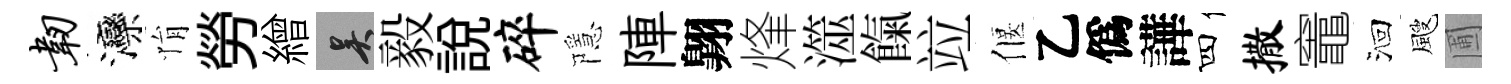
韧灤悁勞繒吴毅說碎隱陣翺烽澨餼竝偃乙僞譁四撒竈洄颼圃